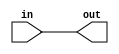
module fpu_bufrpt_grp4 (
	in,
	out
);
	
	input [3:0] in;
	output [3:0] out;

	assign out[3:0] = in[3:0];

endmodule